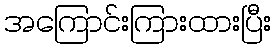
အကြောင်းကြားထားပြီး